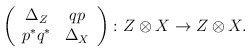
\begin{align*}\left(\begin{array}{cc}\Delta_Z & qp\\p^*q^* & \Delta_X\end{array}\right) : Z\otimes X\to Z\otimes X.\end{align*}